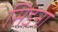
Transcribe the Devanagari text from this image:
सिडना